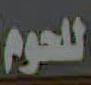
للحوم